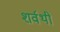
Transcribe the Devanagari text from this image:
शर्वथी